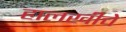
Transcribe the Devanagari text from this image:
हालखीचे